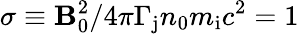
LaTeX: \sigma\equiv\mathbf{B}_{0}^{2}/4\pi\Gamma_{\mathrm{{j}}}n_{0}m_{\mathrm{{i}}}c^{2}=1